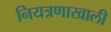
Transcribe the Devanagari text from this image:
नियत्रणाखाली